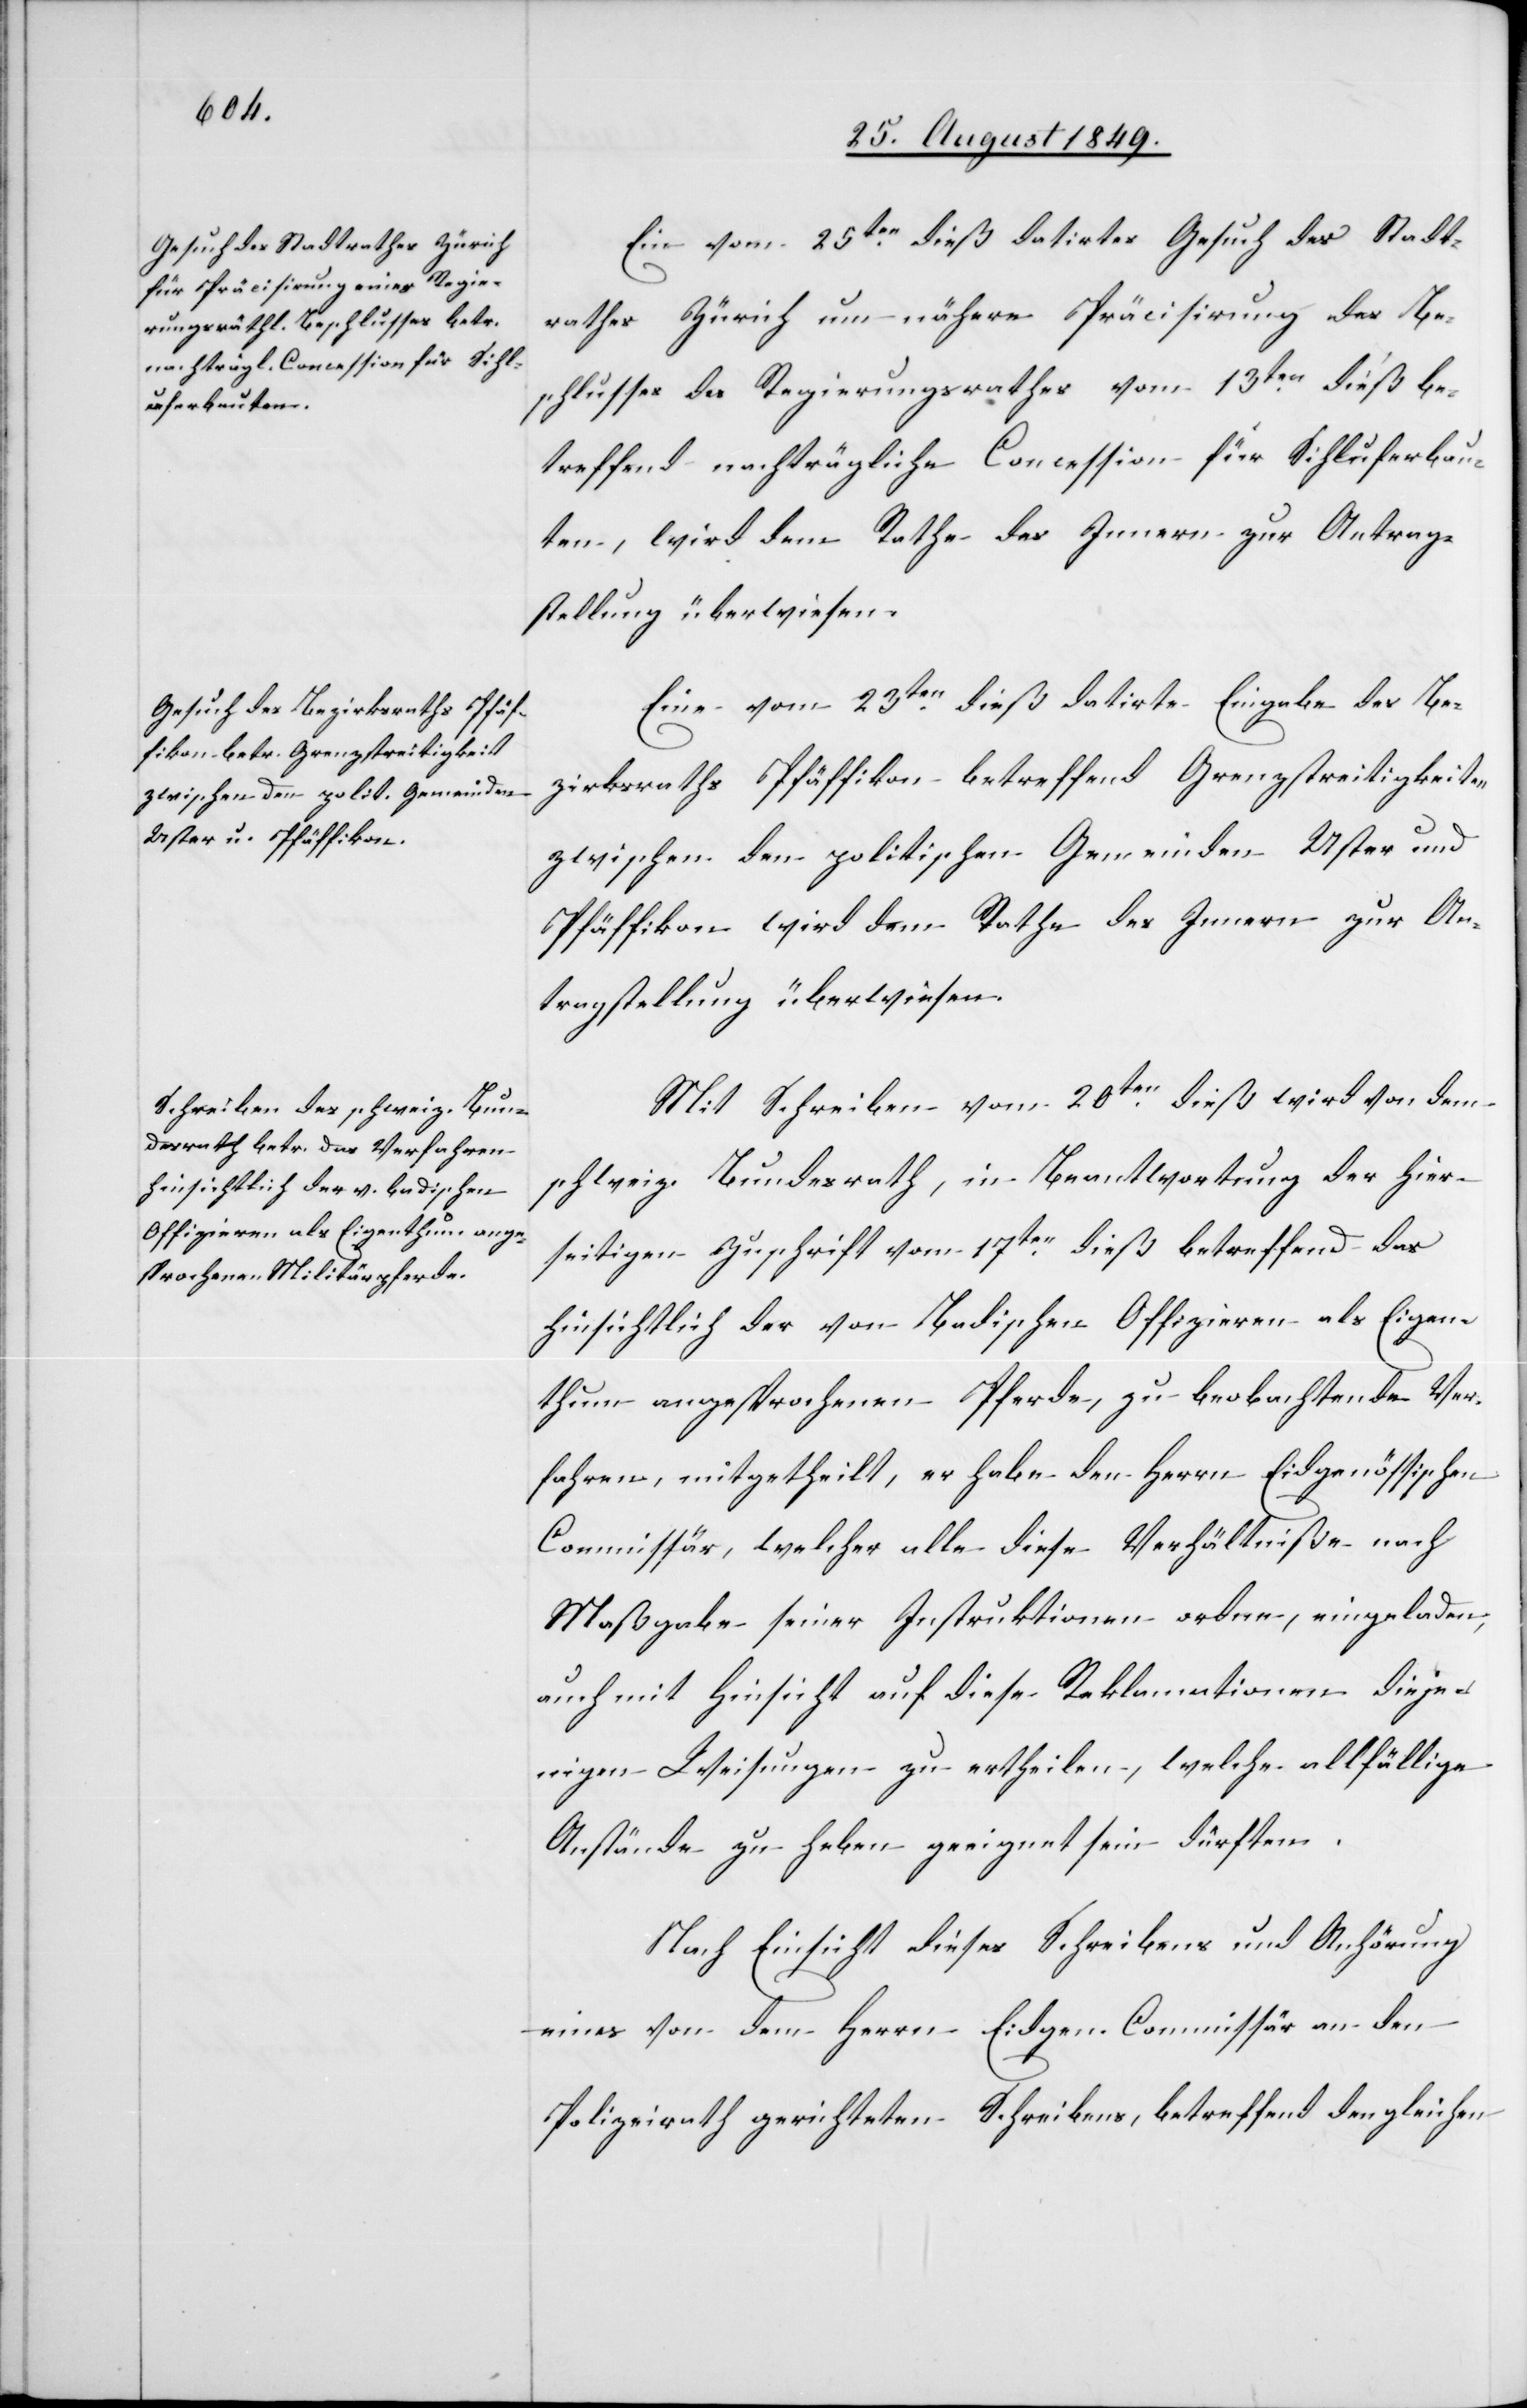
Ein vom 25ten dieß datirtes Gesuch des Stadt¬
rathes Zürich um nähere Präcisirung des Be¬
schlusses des Regierungsrathes vom 13ten dieß be¬
treffend nachträgliche Concession für Sihluferbau¬
ten, wird dem Rathe des Innern zur Antrag¬
stellung überwiesen.
Eine vom 23ten dieß datirte Eingabe des Be¬
zirksraths Pfäffikon betreffend Grenzstreitigkeiten
zwischen den politischen Gemeinden Uster und
Pfäffikon wird dem Rathe des Innern zur An¬
tragstellung überwiesen.
Mit Schreiben vom 20ten dieß wird von dem
schweiz. Bundesrath, in Beantwortung der hier¬
seitigen Zuschrift vom 17ten dieß betreffend das
hinsichtlich der von Badischen Offizieren als Eigen¬
thum angesprochenen Pferde, zu beobachtende Ver¬
fahren, mitgetheilt, er habe den Herrn Eidgenössischen
Commissär, welcher alle diese Verhältniße nach
Maßgabe seiner Instruktionen ordne, eingeladen,
auch mit Hinsicht auf diese Reklamationen dieje¬
nigen Weisungen zu ertheilen, welche allfällige
Anstände zu heben geeignet sein dürften.
Nach Einsicht dieses Schreibens und Anhörung
eines von dem Herrn Eidgen. Commissär an den
Polizeirath gerichteten Schreibens, betreffend den gleichen